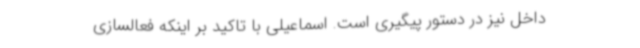
داخل نیز در دستور پیگیری است. اسماعیلی با تاکید بر اینکه فعالسازی